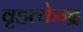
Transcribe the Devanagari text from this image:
वृहत्केन्द्र